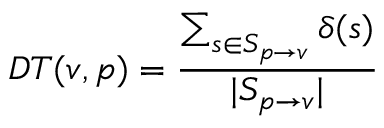
D T ( v , p ) = \frac { \sum _ { s \in S _ { p \rightarrow v } } \delta ( s ) } { | S _ { p \rightarrow v } | }